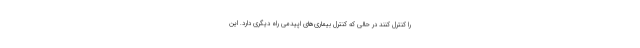
را کنترل کنند در حالی که کنترل بیماری‌های اپیدمی راه دیگری دارد. این